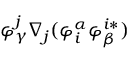
\varphi _ { \gamma } ^ { j } \nabla _ { j } ( \varphi _ { i } ^ { \alpha } \varphi _ { \beta } ^ { i * } )